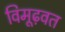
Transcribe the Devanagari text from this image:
विमूढ़वत